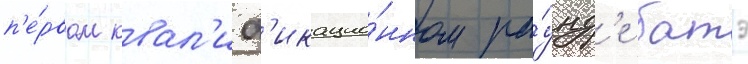
п'е́рвом квал'иф'икацио́нном ра́унд'е батэ